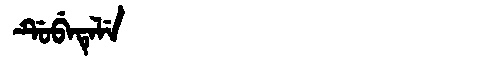
Manchu: ᡩᡠᠪᡝᡨᡝᠯᡝ
Romanization: DUBETELE